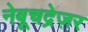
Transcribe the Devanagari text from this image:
नेबूचद्रेज़र